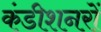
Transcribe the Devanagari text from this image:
कंडीशनरों